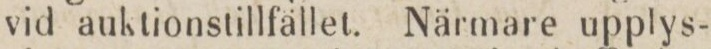
vid auktionstillfället. Närmare upplys-